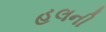
હલની